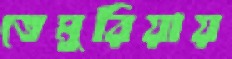
তেমুরিয়ায়